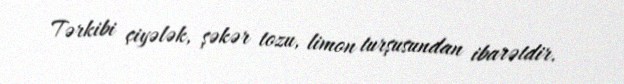
Tərkibi çiyələk, şəkər tozu, limon turşusundan ibarətdir.